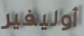
أوليفير